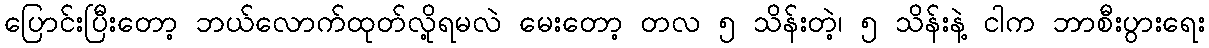
ပြောင်းပြီးတော့ ဘယ်လောက်ထုတ်လို့ရမလဲ မေးတော့ တလ ၅ သိန်းတဲ့၊ ၅ သိန်းနဲ့ ငါက ဘာစီးပွားရေး